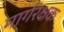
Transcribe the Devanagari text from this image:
मार्गरक्षक